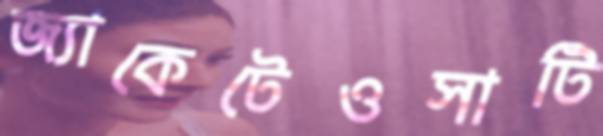
জ্যাকেটেওসাটি